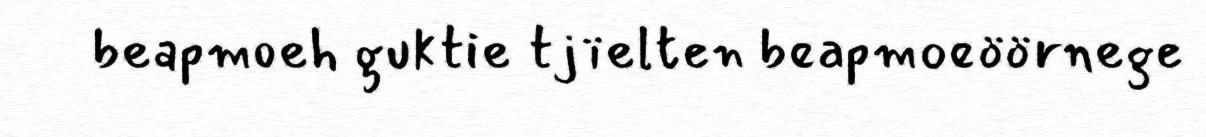
beapmoeh guktie tjïelten beapmoeöörnege